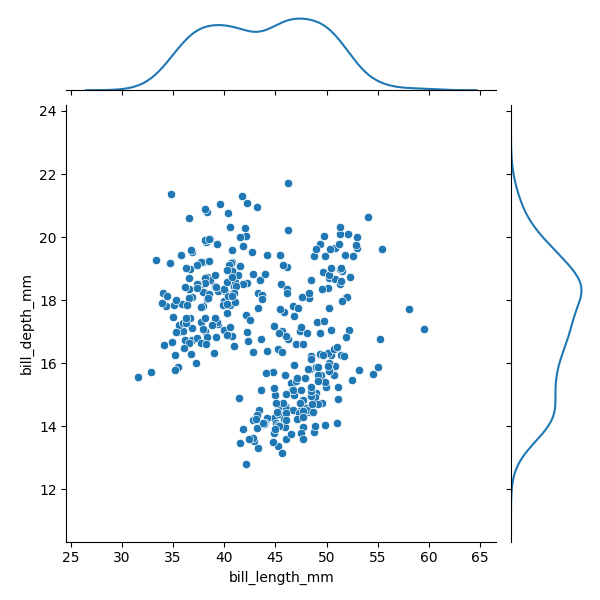
python, seaborn, JointGrid, scatterplot, kdeplot